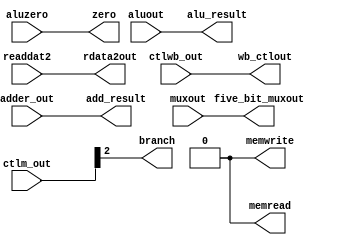
/* ex_mem.v */
module ex_mem(
	input		wire	[1:0]	ctlwb_out,
	input		wire	[2:0]	ctlm_out,
	input		wire	[31:0]	adder_out,
	input		wire		aluzero,
	input		wire	[31:0]	aluout, readdat2,
	input		wire	[4:0]	muxout,
	output	reg	[1:0]	wb_ctlout,
	output	reg		branch, memread, memwrite,
	output	reg	[31:0]	add_result,
	output	reg		zero,
	output	reg	[31:0]	alu_result, rdata2out,
	output	reg	[4:0]	five_bit_muxout
    );

	initial begin
		wb_ctlout <= 0; 
		branch <= 0; memread <= 0; memwrite <= 0;
		add_result <= 0;
		zero <= 0;
		alu_result <= 0; rdata2out <= 0;
		five_bit_muxout <= 0;
	end

	always@* begin
		#1 //Update Delay
		
		//Use Fig 3.7 to assign the inputs to the outputs 
		wb_ctlout <= ctlwb_out;
		branch <= ctlm_out[2];    /* branch, memread, and memwrite are not listed in Fig 3.7 
		memread <= ctlm_out[0];       so what do we do wit them?
		memwrite <= ctlm_out[1];     Well we code them, obviously.
                   	                          Here's your hint for these 3: 
                                                               Look at their size (listed in the port listings on top)
                                                               Figure out which input wire needs to get assigned to them.
                                                               Then trace the wires in the "MIPS Data Path Diagram" 
                                              */
            
        add_result <= adder_out;   
		zero <= aluzero;
		alu_result <= aluout;
		rdata2out <= readdat2;
		five_bit_muxout <= muxout;
	end

endmodule // ex_mem